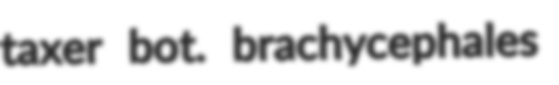
taxer bot. brachycephales